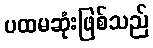
ပထမဆုံးဖြစ်သည်